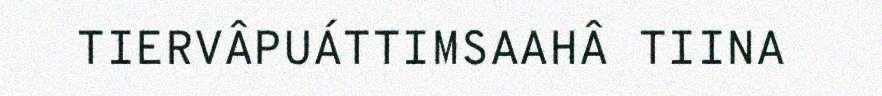
TIERVÂPUÁTTIMSAAHÂ TIINA